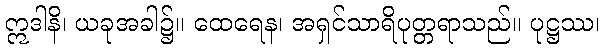
ဣဒါနိ၊ ယခုအခါ၌။ ထေရေန၊ အရှင်သာရိပုတ္တရာသည်။ ပုဋ္ဌဿ၊